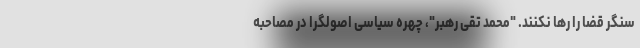
سنگر قضا را رها نکنند. "محمد تقی رهبر"، چهره سیاسی اصولگرا در مصاحبه